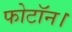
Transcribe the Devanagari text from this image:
फोटॉन।